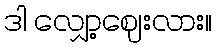
ဒါ လျှော့ဈေးလား။